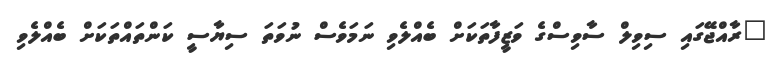
"ރާއްޖޭގައި ސިވިލް ސާވިސްގެ ވަޒީފާތަކަށް ބެއްލެވި ނަމަވެސް ނުވަތަ ސިޔާސީ ކަންތައްތަކަށް ބެއްލެވި